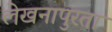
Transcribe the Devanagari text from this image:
लेखनापुरता